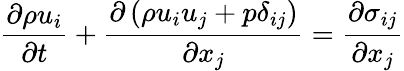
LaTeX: \frac{\partial\rho u_{i}}{\partial t}+\frac{\partial\left(\rho u_{i}u_{j}+p\delta_{ij}\right)}{\partial x_{j}}=\frac{\partial\sigma_{ij}}{\partial x_{j}}